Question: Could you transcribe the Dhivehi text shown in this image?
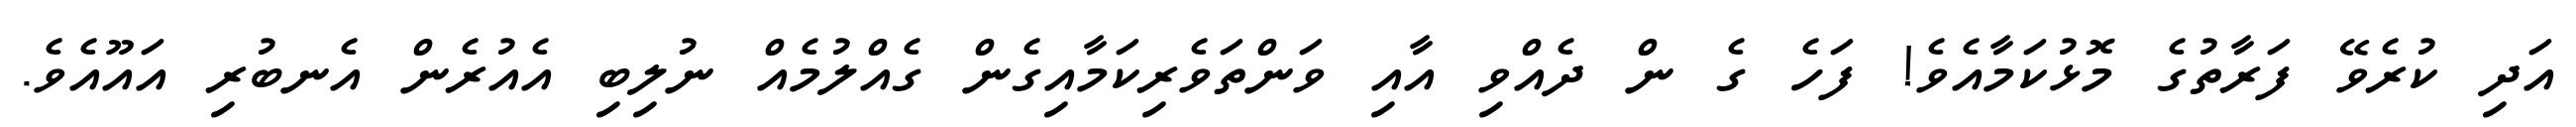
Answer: އަދި ކުރެވޭ ފަރާތުގެ މޮޅުކަމާއެވެ! ފަހެ ގެ ން ދެއްވި އާއި ވަންތަވެރިކަމާއިގެން ގެއްލުމެއް ނުލިބި އެއުރެން އެނބުރި އައޫއެވެ.